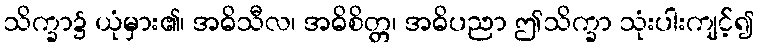
သိက္ခာ၌ ယုံမှား၏၊ အဓိသီလ၊ အဓိစိတ္တ၊ အဓိပညာ ဤသိက္ခာ သုံးပါးကျင့်၍